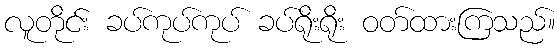
လူတိုင်း ခပ်ကုပ်ကုပ် ခပ်ရိုးရိုး ဝတ်ထားကြသည်။